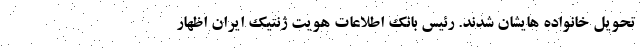
تحويل خانواده هايشان شدند. رئیس بانک اطلاعات هویت ژنتیک ایران اظهار